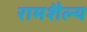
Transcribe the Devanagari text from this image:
रामशैल्य